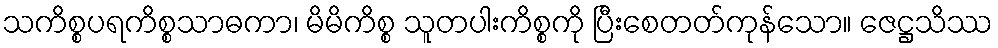
သကိစ္စပရကိစ္စသာဓကာ၊ မိမိကိစ္စ သူတပါးကိစ္စကို ပြီးစေတတ်ကုန်သော။ ဇေဋ္ဌသိဿ